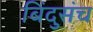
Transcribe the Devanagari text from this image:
बिंदुसंच